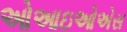
ઓઆઇઓએસ